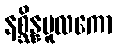
နစ္ဆိန္နမူလကော